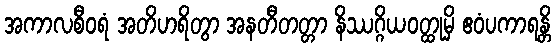
အကာလစီဝရံ အတိဟရိတွာ အနတီတတ္တာ နိဿဂ္ဂိယဝတ္ထုမှိ ဧဝံပကာရန္တိ